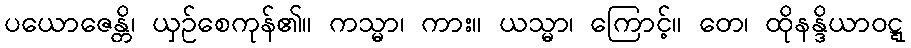
ပယောဇေန္တိ၊ ယှဉ်စေကုန်၏။ ကသ္မာ၊ ကား။ ယသ္မာ၊ ကြောင့်။ တေ၊ ထိုနန္ဒိယာဝဋ္ဋ